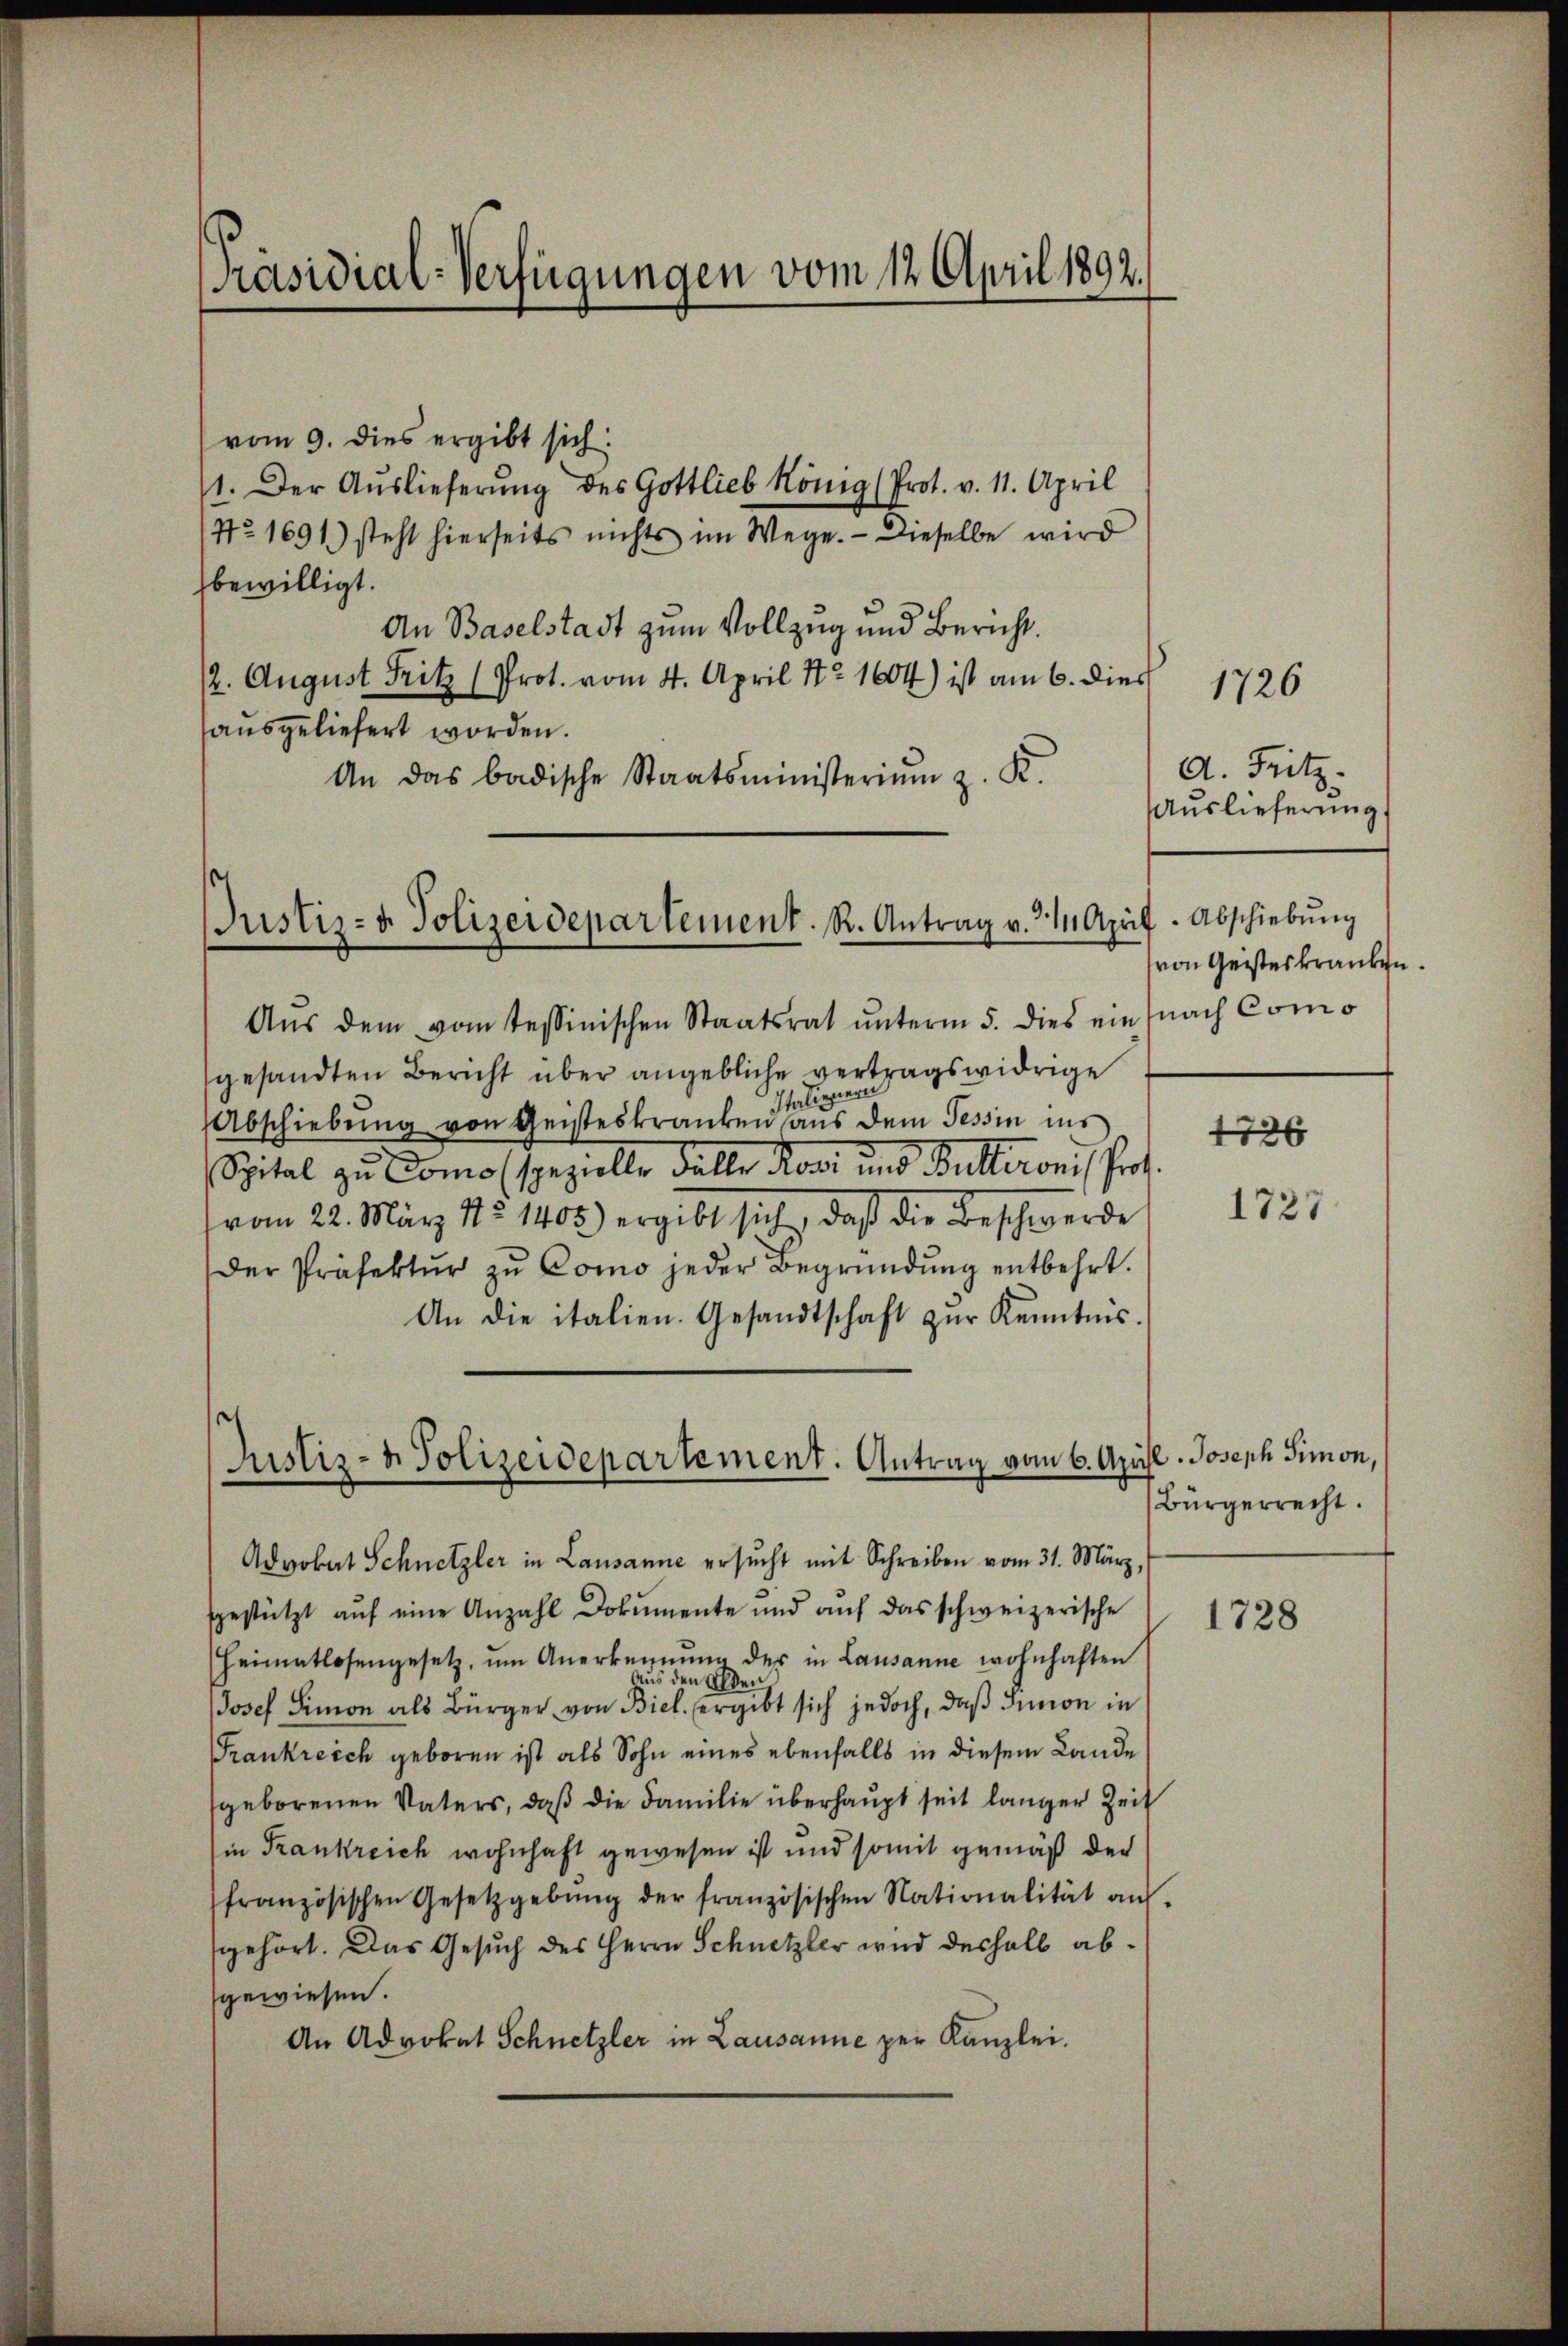
[Präsidial-Verfügungen vom 12. April 1892.

vom 9. dies ergibt sich:
1. Der Aŭslieferŭng des Gottlieb König (Prot. v. 11. April
No 1691) steht hierseits nichts im Wege. Dieselbe wird
bewilligt.
An Baselstadt zum Vollzug und Bericht.
12. August Fritz (Prot. vom 4. April Nr 1604) ist am 6. dies
ausgeliefert worden.
An das badische Staatsministerium z. K.

Justiz- & Polizeidepartement. R. Antrag v. 214 April - Abschiebŭng

Aŭs dem vom Tessinischen Staatsrat ŭnterm 5. dies ein
gesandten Bericht über angebliche vertragswidrige
Italienen
Abschiebung von Geisteskranken aus dem Tessin ins
Spital zu Como spezielle Fälle Rosi und Butteronis hert.
vom 22. März 1851402) ergibt sich, daß die Beschwerde
Der Präfektŭr zŭ Como jeder Begründung entbehrt.
An die italien. Gesandtschaft zŭr Kenntnis.

Justiz- & Polizeidepartement. Antrag vom 6. April. Joseph Simon,

d. Fritz.
Auslieferung
von Geisteskranken.
nach Como

Advokat Schnetzler in Lausanne ersŭcht mit Schreiben vom 31. März,
gestützt aŭf eine Anzahl Dokumente und auf das schweizerische
Heimatlosengesetz, ŭm Anerkennung des in Lausanne wohnhaften
JJosef Simon als Bürger von Biel. ergibt sich jedoch, daß Simon in
Frankreich geboren ist als Sohn eines ebenfalls in diesem Lande
geborenen Vaters, daß die Familie überhaupt seit langer Zeit
in Frankreich wohnhaft gewesen ist und somit gemäß der
französischen Gesetzgebŭng der französischen Nationalität an.
gehört. Das Gesuch des Herrn Schnetzler wird deshalb abgewiesen.
An Advokat Schnetzler in Lausanne per Kanzlei.

1726

1726
1727

Bürgerrecht.

1728